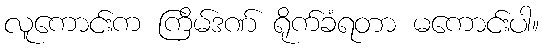
လူကောင်းက ကြိမ်ဒဏ် ရိုက်ခံရတာ မကောင်းပါ။